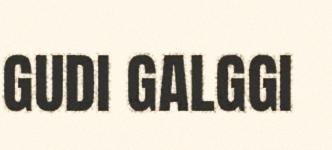
GUDI GALGGI